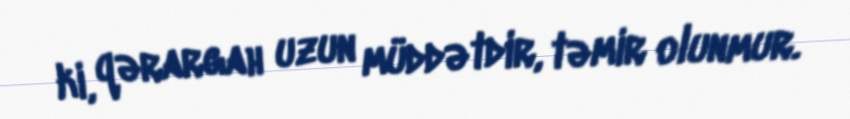
ki, qərargah uzun müddətdir, təmir olunmur.